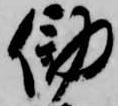
働